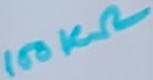
Text: 100KΩ